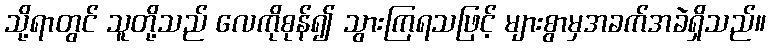
သို့ရာတွင် သူတို့သည် လေကိုစုန်၍ သွားကြရသဖြင့် များစွာမှအခက်အခဲရှိသည်။